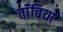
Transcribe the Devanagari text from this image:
ताँबिया